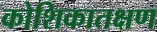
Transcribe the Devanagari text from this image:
कोशिकातक्षण